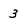
Character: 3